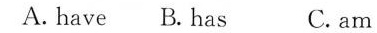
A. have B.Has C. am